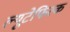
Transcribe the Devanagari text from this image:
ल्यूटेफिस्क